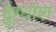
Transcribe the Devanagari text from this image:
दुग्धांश